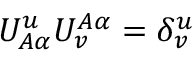
{ \cal U } _ { A \alpha } ^ { u } { \cal U } _ { v } ^ { A \alpha } = \delta _ { v } ^ { u }